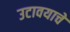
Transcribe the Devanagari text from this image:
उटावयाचे